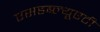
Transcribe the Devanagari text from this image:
एसडब्ल्यूएटी